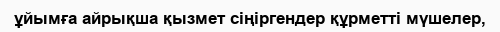
ұйымға айрықша қызмет сіңіргендер құрметті мүшелер,